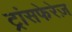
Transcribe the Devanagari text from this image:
ट्रांसफेरेज़